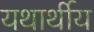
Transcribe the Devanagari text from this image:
यथार्थीय